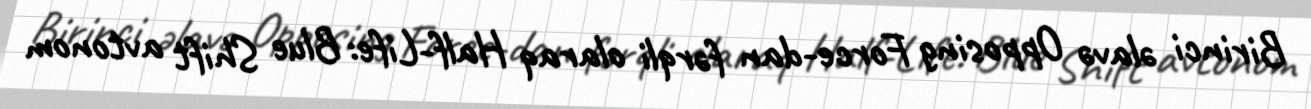
Birinci əlavə Opposing Force-dan fərqli olaraq Half-Life: Blue Shift avtonom